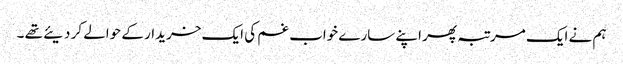
ہم نے ایک مرتبہ پھر اپنے سارے خواب غم کی ایک خریدار کے حوالے کر دیئے تھے ۔